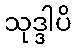
သုဒ္ဒါပိ